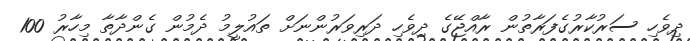
ދިވެހި ސަރުކާރުގެފަރާތުން ރާއްޖޭގެ ދިވެހި ދަރިވަރުންނަށް ތައުލީމު ދެމުން ގެންދާތާ މިހާރު 100